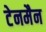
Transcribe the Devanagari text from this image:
टेनमैन